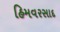
હિમવરસાદ